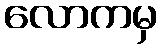
လောကမှ